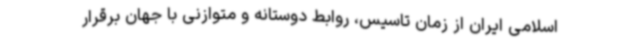
اسلامی ایران از زمان تاسیس، روابط دوستانه و متوازنی با جهان برقرار